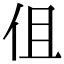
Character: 伹